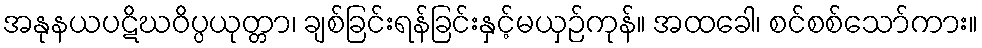
အနုနယပဋိဃဝိပ္ပယုတ္တာ၊ ချစ်ခြင်းရန်ခြင်းနှင့်မယှဉ်ကုန်။ အထခေါ၊ စင်စစ်သော်ကား။